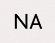
NA